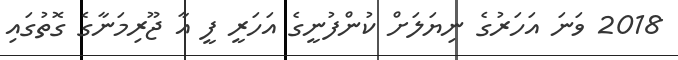
2018 ވަނަ އަހަރުގެ ނިޔަލަށް ކުންފުނީގެ އަހަރީ ފީ އާ ޖޫރިމަނާގެ ގޮތުގައި